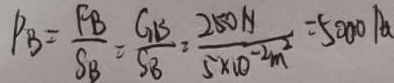
P _ { B } = \frac { F _ { B } } { S _ { B } } = \frac { G _ { B } } { S _ { B } } = \frac { 2 5 0 N } { 5 \times 1 0 ^ { - 2 } m ^ { 2 } } = 5 0 0 0 P a